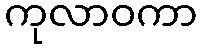
ကုလာဝကာ